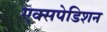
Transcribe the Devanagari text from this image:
एक्सपेडिशन